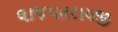
લાજપતરાયજી